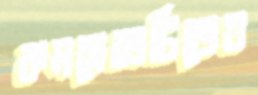
কমপ্লেক্সটিতেও